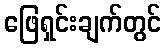
ဖြေရှင်းချက်တွင်